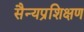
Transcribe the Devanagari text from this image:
सैन्यप्रशिक्षण